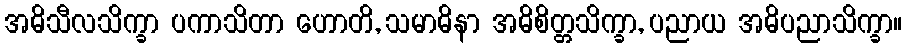
အဓိသီလသိက္ခာ ပကာသိတာ ဟောတိ, သမာဓိနာ အဓိစိတ္တသိက္ခာ, ပညာယ အဓိပညာသိက္ခာ။